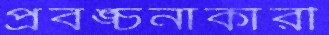
প্রবঙ্চনাকারী